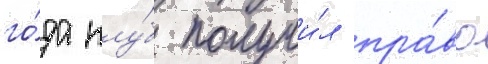
го́да клу́б получи́л пра́во